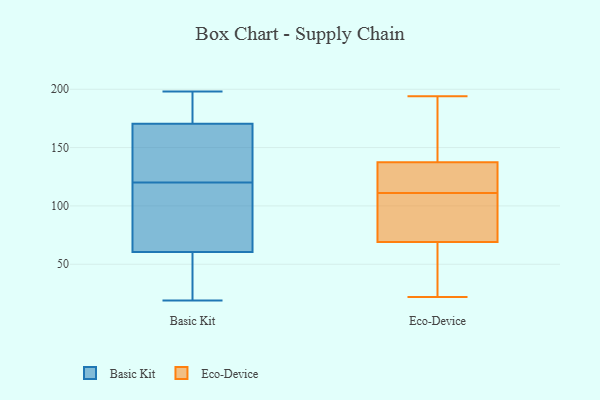
{"axis": {"x": "Budget (USD K)", "y": "Value"}, "legend": ["Basic Kit", "Eco-Device"], "data": [{"x": "", "y": 120, "type": "Basic Kit"}, {"x": "", "y": 107, "type": "Basic Kit"}, {"x": "", "y": 138, "type": "Basic Kit"}, {"x": "", "y": 19, "type": "Basic Kit"}, {"x": "", "y": 191, "type": "Basic Kit"}, {"x": "", "y": 167, "type": "Basic Kit"}, {"x": "", "y": 198, "type": "Basic Kit"}, {"x": "", "y": 63, "type": "Basic Kit"}, {"x": "", "y": 44, "type": "Basic Kit"}, {"x": "", "y": 130, "type": "Basic Kit"}, {"x": "", "y": 181, "type": "Basic Kit"}, {"x": "", "y": 53, "type": "Basic Kit"}, {"x": "", "y": 105, "type": "Basic Kit"}, {"x": "", "y": 43, "type": "Eco-Device"}, {"x": "", "y": 110, "type": "Eco-Device"}, {"x": "", "y": 148, "type": "Eco-Device"}, {"x": "", "y": 120, "type": "Eco-Device"}, {"x": "", "y": 193, "type": "Eco-Device"}, {"x": "", "y": 194, "type": "Eco-Device"}, {"x": "", "y": 169, "type": "Eco-Device"}, {"x": "", "y": 112, "type": "Eco-Device"}, {"x": "", "y": 127, "type": "Eco-Device"}, {"x": "", "y": 112, "type": "Eco-Device"}, {"x": "", "y": 91, "type": "Eco-Device"}, {"x": "", "y": 187, "type": "Eco-Device"}, {"x": "", "y": 22, "type": "Eco-Device"}, {"x": "", "y": 59, "type": "Eco-Device"}, {"x": "", "y": 119, "type": "Eco-Device"}, {"x": "", "y": 76, "type": "Eco-Device"}, {"x": "", "y": 62, "type": "Eco-Device"}, {"x": "", "y": 107, "type": "Eco-Device"}, {"x": "", "y": 59, "type": "Eco-Device"}, {"x": "", "y": 109, "type": "Eco-Device"}]}